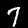
Label: 7